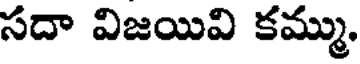
సదా విజయివి కమ్ము.